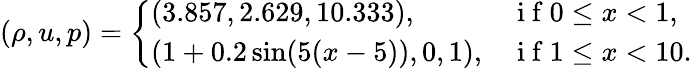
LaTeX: (\rho,u,p)=\left\{ \begin{array}{ll}{(3.857,2.629,10.333),}&{\mathrm{~i~f~}0\leq x<1,}\\ {(1+0.2\sin(5(x-5)),0,1),}&{\mathrm{~i~f~}1\leq x<10.}\end{array}\right.